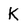
Character: K